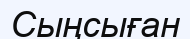
Сыңсыған